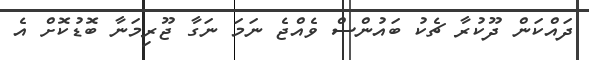
ދައްކަން ދޫކުރާ ޗެކު ބައުންސް ވެއްޖެ ނަމަ ނަގާ ޖޫރިމަނާ ބޮޑުކޮށް އެ